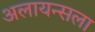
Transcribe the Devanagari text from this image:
अलायन्सला